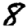
Digit: 8